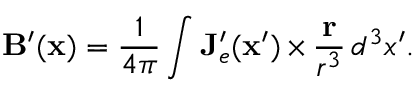
\mathbf { B } ^ { \prime } ( \mathbf { x } ) = \frac { 1 } { 4 \pi } \int \mathbf { J } _ { e } ^ { \prime } ( \mathbf { x } ^ { \prime } ) \, { \bf \times } \, \frac { \mathbf { r } } { r ^ { 3 } } \, d ^ { 3 } x ^ { \prime } .